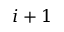
i + 1